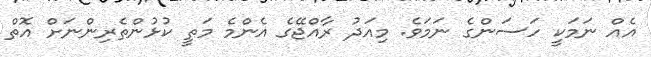
އެއް ނަމަކީ ހަސަންގެ ނަމަވެ. މިއަދު ރާއްޖޭގެ އެންމެ މަތީ ކުޅުންތެރިންނަށް އޮތް